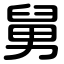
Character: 舅